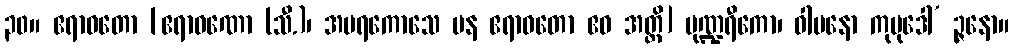
၃၀။ ဧရာဝတော [ဧရာဝဏော (သီ.)၊ အမရကောသေ ပန ဧရာဝတော ဧဝ အတ္ထိ] ပုဏ္ဍရီကော၊ ဝါမနော ကုမုဒေါ’ ဉ္ဇနော။